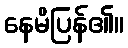
နေမိပြန်၏။